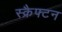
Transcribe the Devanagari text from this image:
स्क्रैफ्टन